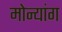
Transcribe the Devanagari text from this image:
मोन्यांग